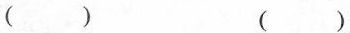
() ()